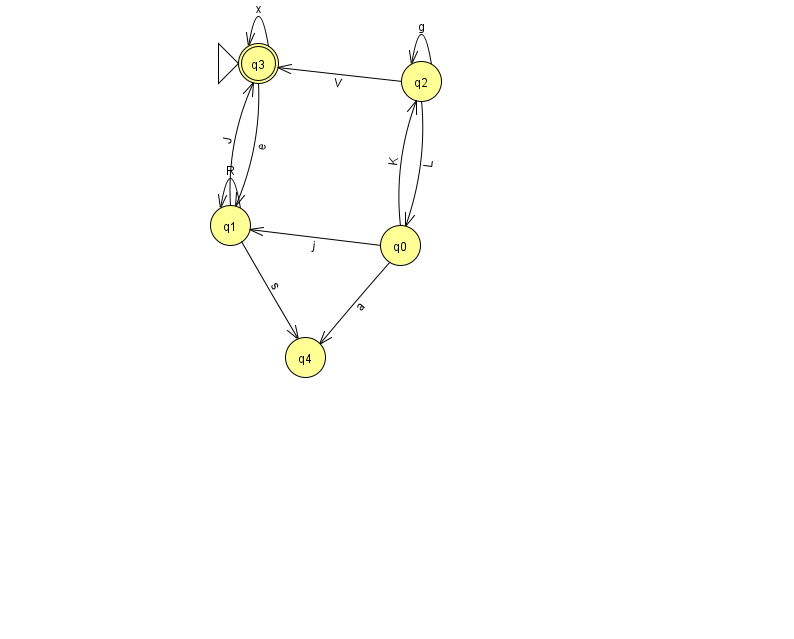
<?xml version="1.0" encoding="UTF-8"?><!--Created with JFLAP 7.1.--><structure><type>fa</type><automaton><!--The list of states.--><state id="0" name="q0"><x>400.0</x><y>232.0</y></state><state id="1" name="q1"><x>230.0</x><y>212.0</y></state><state id="2" name="q2"><x>421.0</x><y>68.0</y></state><state id="3" name="q3"><x>258.0</x><y>50.0</y><initial/><final/></state><state id="4" name="q4"><x>305.0</x><y>344.0</y></state><!--The list of transitions.--><transition><from>1</from><to>1</to><read>R</read></transition><transition><from>1</from><to>3</to><read>J</read></transition><transition><from>0</from><to>1</to><read>j</read></transition><transition><from>0</from><to>4</to><read>a</read></transition><transition><from>2</from><to>2</to><read>g</read></transition><transition><from>2</from><to>3</to><read>V</read></transition><transition><from>3</from><to>3</to><read>x</read></transition><transition><from>0</from><to>2</to><read>K</read></transition><transition><from>1</from><to>4</to><read>s</read></transition><transition><from>3</from><to>1</to><read>e</read></transition><transition><from>2</from><to>0</to><read>L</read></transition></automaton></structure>